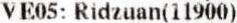
VE05: RIDZUAN(11900)